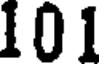
101